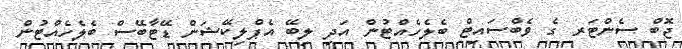
ޖޮބް ސެންޓަރ ގެ ވެބްސައިޓް ބެލެހެއްޓުން އަދި ލިބޭ އެޕްލިކޭޝަން ޑޭޓާބޭސް ބެލެހެއްޓުން